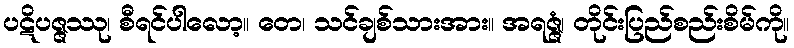
ပဋိပဇ္ဇဿု၊ စီရင်ပါလော့။ တေ၊ သင်ချစ်သားအား။ အရဇ္ဇံ၊ တိုင်းပြည်စည်းစိမ်ကို။